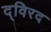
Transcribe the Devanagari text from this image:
द्विरद